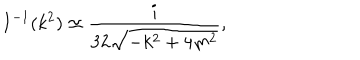
I ^ { - 1 } ( k ^ { 2 } ) \simeq \frac { i } { 3 2 \sqrt { - k ^ { 2 } + 4 m ^ { 2 } } } ,